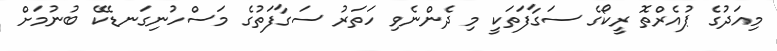
މިއަދުގެ ޕުއެރްތޮ ރީކޯގެ ސަގާފަތަކީ މި ދެންނެވި ހަތަރު ސަގާފަތުގެ މަސްހުނިގަނޑެކޭ ބުނުމަށް